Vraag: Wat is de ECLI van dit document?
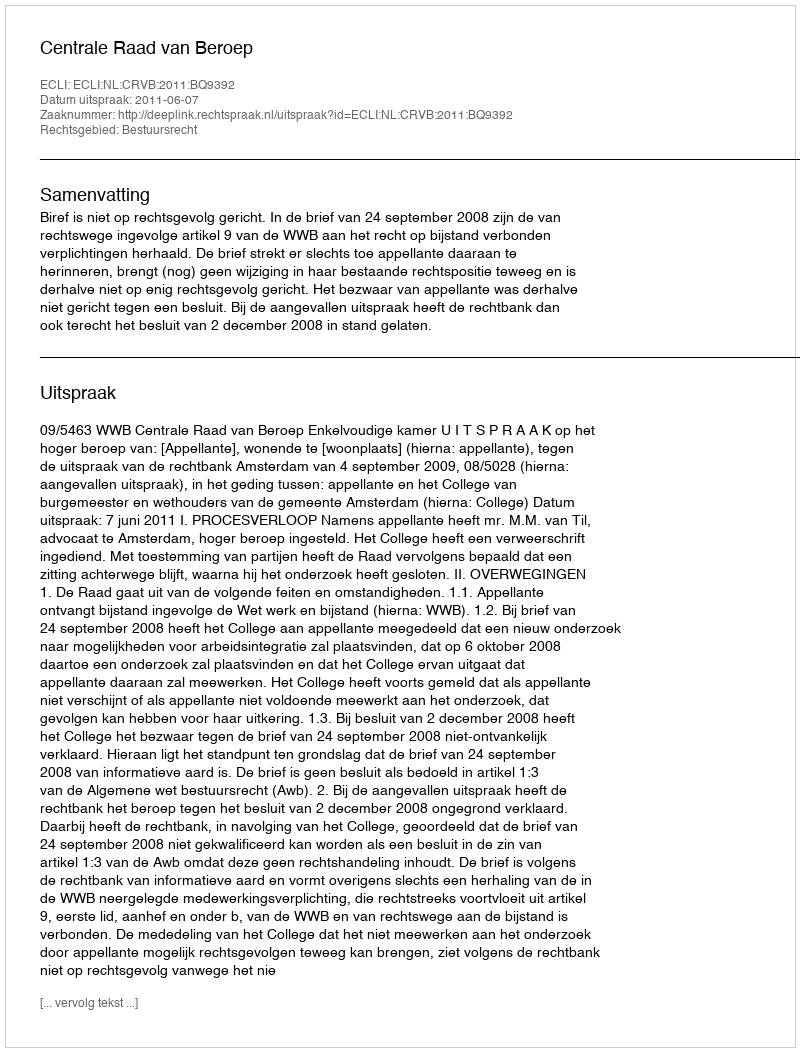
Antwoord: ECLI:NL:CRVB:2011:BQ9392